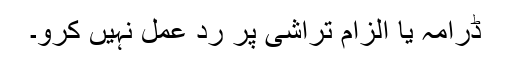
ڈرامہ یا الزام تراشی پر رد عمل نہیں کرو۔